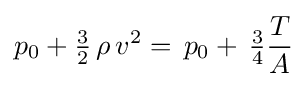
p_{0}+{\tfrac {3}{2}}\,\rho \,v^{2}=\,p_{0}+\,{\tfrac {3}{4}}{\frac {T}{A}}